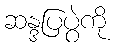
ဆန္ဒပြပွဲကို